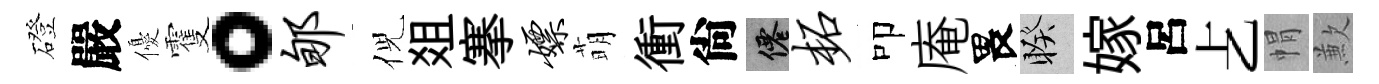
磴嚴優䨥。郇倪爼搴嫖萌衝尙仙柘叩庵畏睽嫁呂𠧒㡌歉